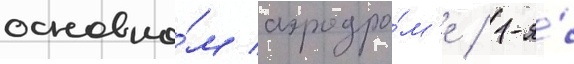
основно́м аэродро́м'е / 1-я́